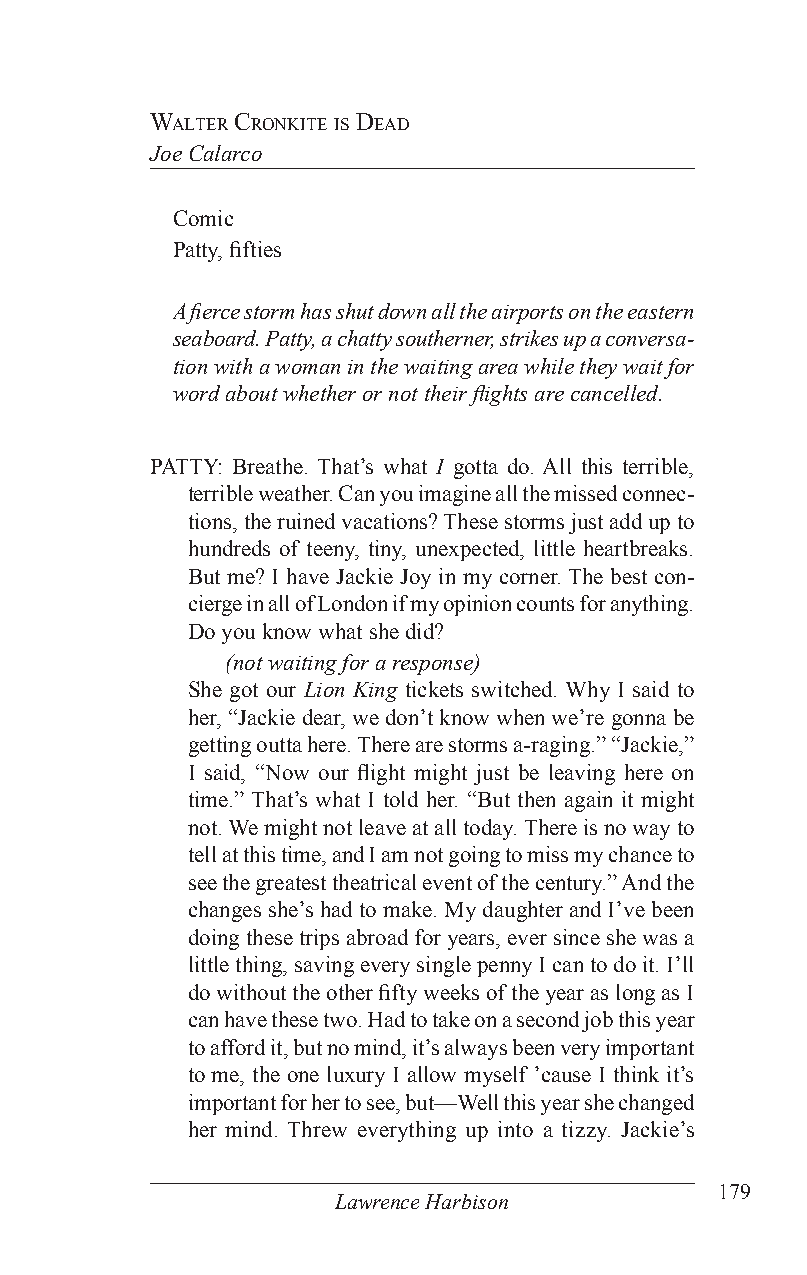
WalTer CronKiTe is dead
 Joe Calarco
 Comic
 Patty, fifties
 A fierce storm has shut down all the airports on the eastern
 seaboard. Patty, a chatty southerner, strikes up a conversa-
 tion with a woman in the waiting area while they wait for
 word about whether or not their flights are cancelled.
 PATTY: Breathe. That’s what I gotta do. All this terrible,
 terrible weather. Can you imagine all the missed connec-
 tions, the ruined vacations? These storms just add up to
 hundreds of teeny, tiny, unexpected, little heartbreaks.
 But me? I have Jackie Joy in my corner. The best con-
 cierge in all of London if my opinion counts for anything.
 Do you know what she did?
 (not waiting for a response)
 She got our Lion King tickets switched. Why I said to
 her, “Jackie dear, we don’t know when we’re gonna be
 getting outta here. There are storms a-raging.” “Jackie,”
 I said, “Now our flight might just be leaving here on
 time.” That’s what I told her. “But then again it might
 not. We might not leave at all today. There is no way to
 tell at this time, and I am not going to miss my chance to
 see the greatest theatrical event of the century.” And the
 changes she’s had to make. My daughter and I’ve been
 doing these trips abroad for years, ever since she was a
 little thing, saving every single penny I can to do it. I’ll
 do without the other fifty weeks of the year as long as I
 can have these two. Had to take on a second job this year
 to afford it, but no mind, it’s always been very important
 to me, the one luxury I allow myself ’cause I think it’s
 important for her to see, but—Well this year she changed
 her mind. Threw everything up into a tizzy. Jackie’s
 179
 Lawrence Harbison